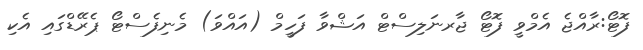
ފޮޓޯ:ރާއްޖެ އެމްވީ ފޮޓޯ ޖާރނަލިސްޓް އަޝްވާ ފަހީމް (އައްވަ) މެނިފެސްޓޯ ޕެރޭޑްގައި އެކި